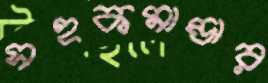
সহকমান্ডার